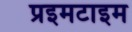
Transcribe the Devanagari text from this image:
प्रइमटाइम